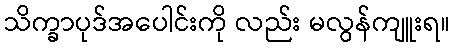
သိက္ခာပုဒ်အပေါင်းကို လည်း မလွန်ကျူးရ။